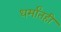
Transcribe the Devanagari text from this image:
धर्मांतही